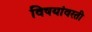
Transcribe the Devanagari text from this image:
विषयांवरती